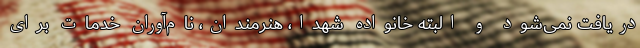
دریافت نمی‌شود و البته خانواده شهدا، هنرمندان، نام‌آوران خدمات برای